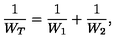
\frac { 1 } { W _ { T } } = \frac { 1 } { W _ { 1 } } + \frac { 1 } { W _ { 2 } } ,